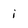
Character: i